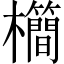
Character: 𣠰